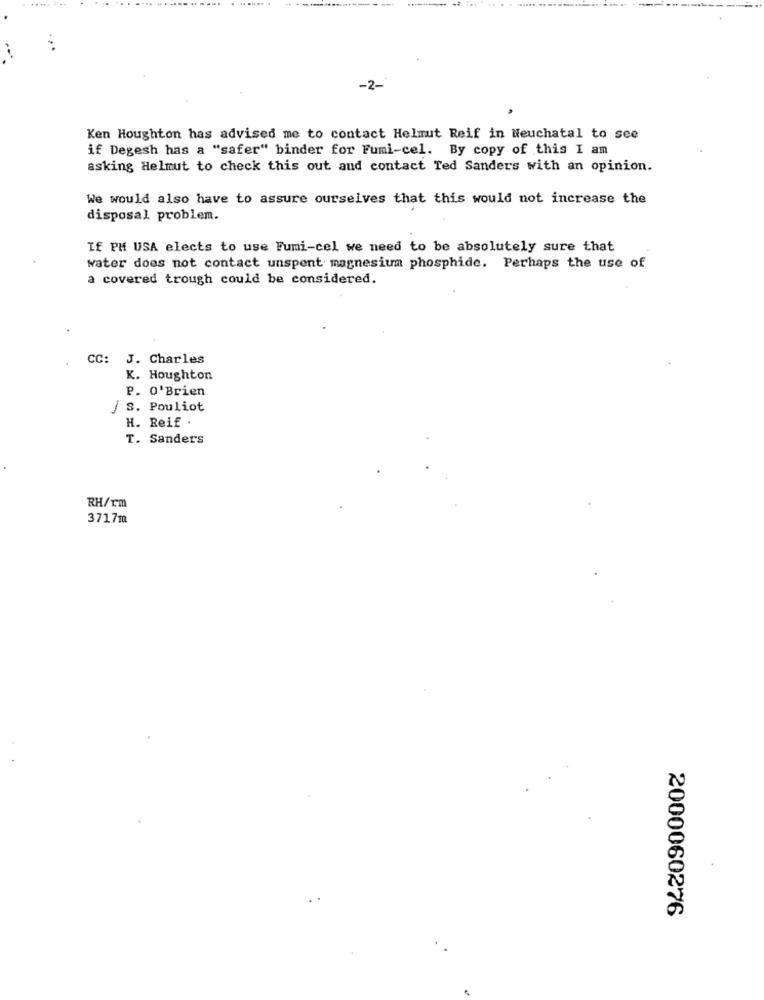
-2-
Ken Houghton has advised me to contact Helmut Reif in Neuchatal to see
if Degesh has a "safer" binder for Fumi-cel. By copy of this I am
asking Helmut to check this out and contact Ted Sanders with an opinion.
We would also have to assure ourselves that this would not increase the
disposal problem.
If PM USA elects to use Fumi-cel we need to be absolutely sure that
water does not contact unspent magnesium phosphide. Perhaps the use of
a covered trough could be considered.
CC: J. Charles
K. Houghton
P. O'Brien
/ S. Pouliot
H. Reif .
T. Sanders
RH/rm
3717m
2000060276